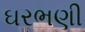
ઘરભણી